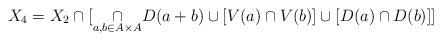
LaTeX: \begin{align*}X_4=X_2\cap[\underset{a,b\in A\times A}\cap D(a+b)\cup [V(a)\cap V(b)]\cup [D(a)\cap D(b)]]\end{align*}